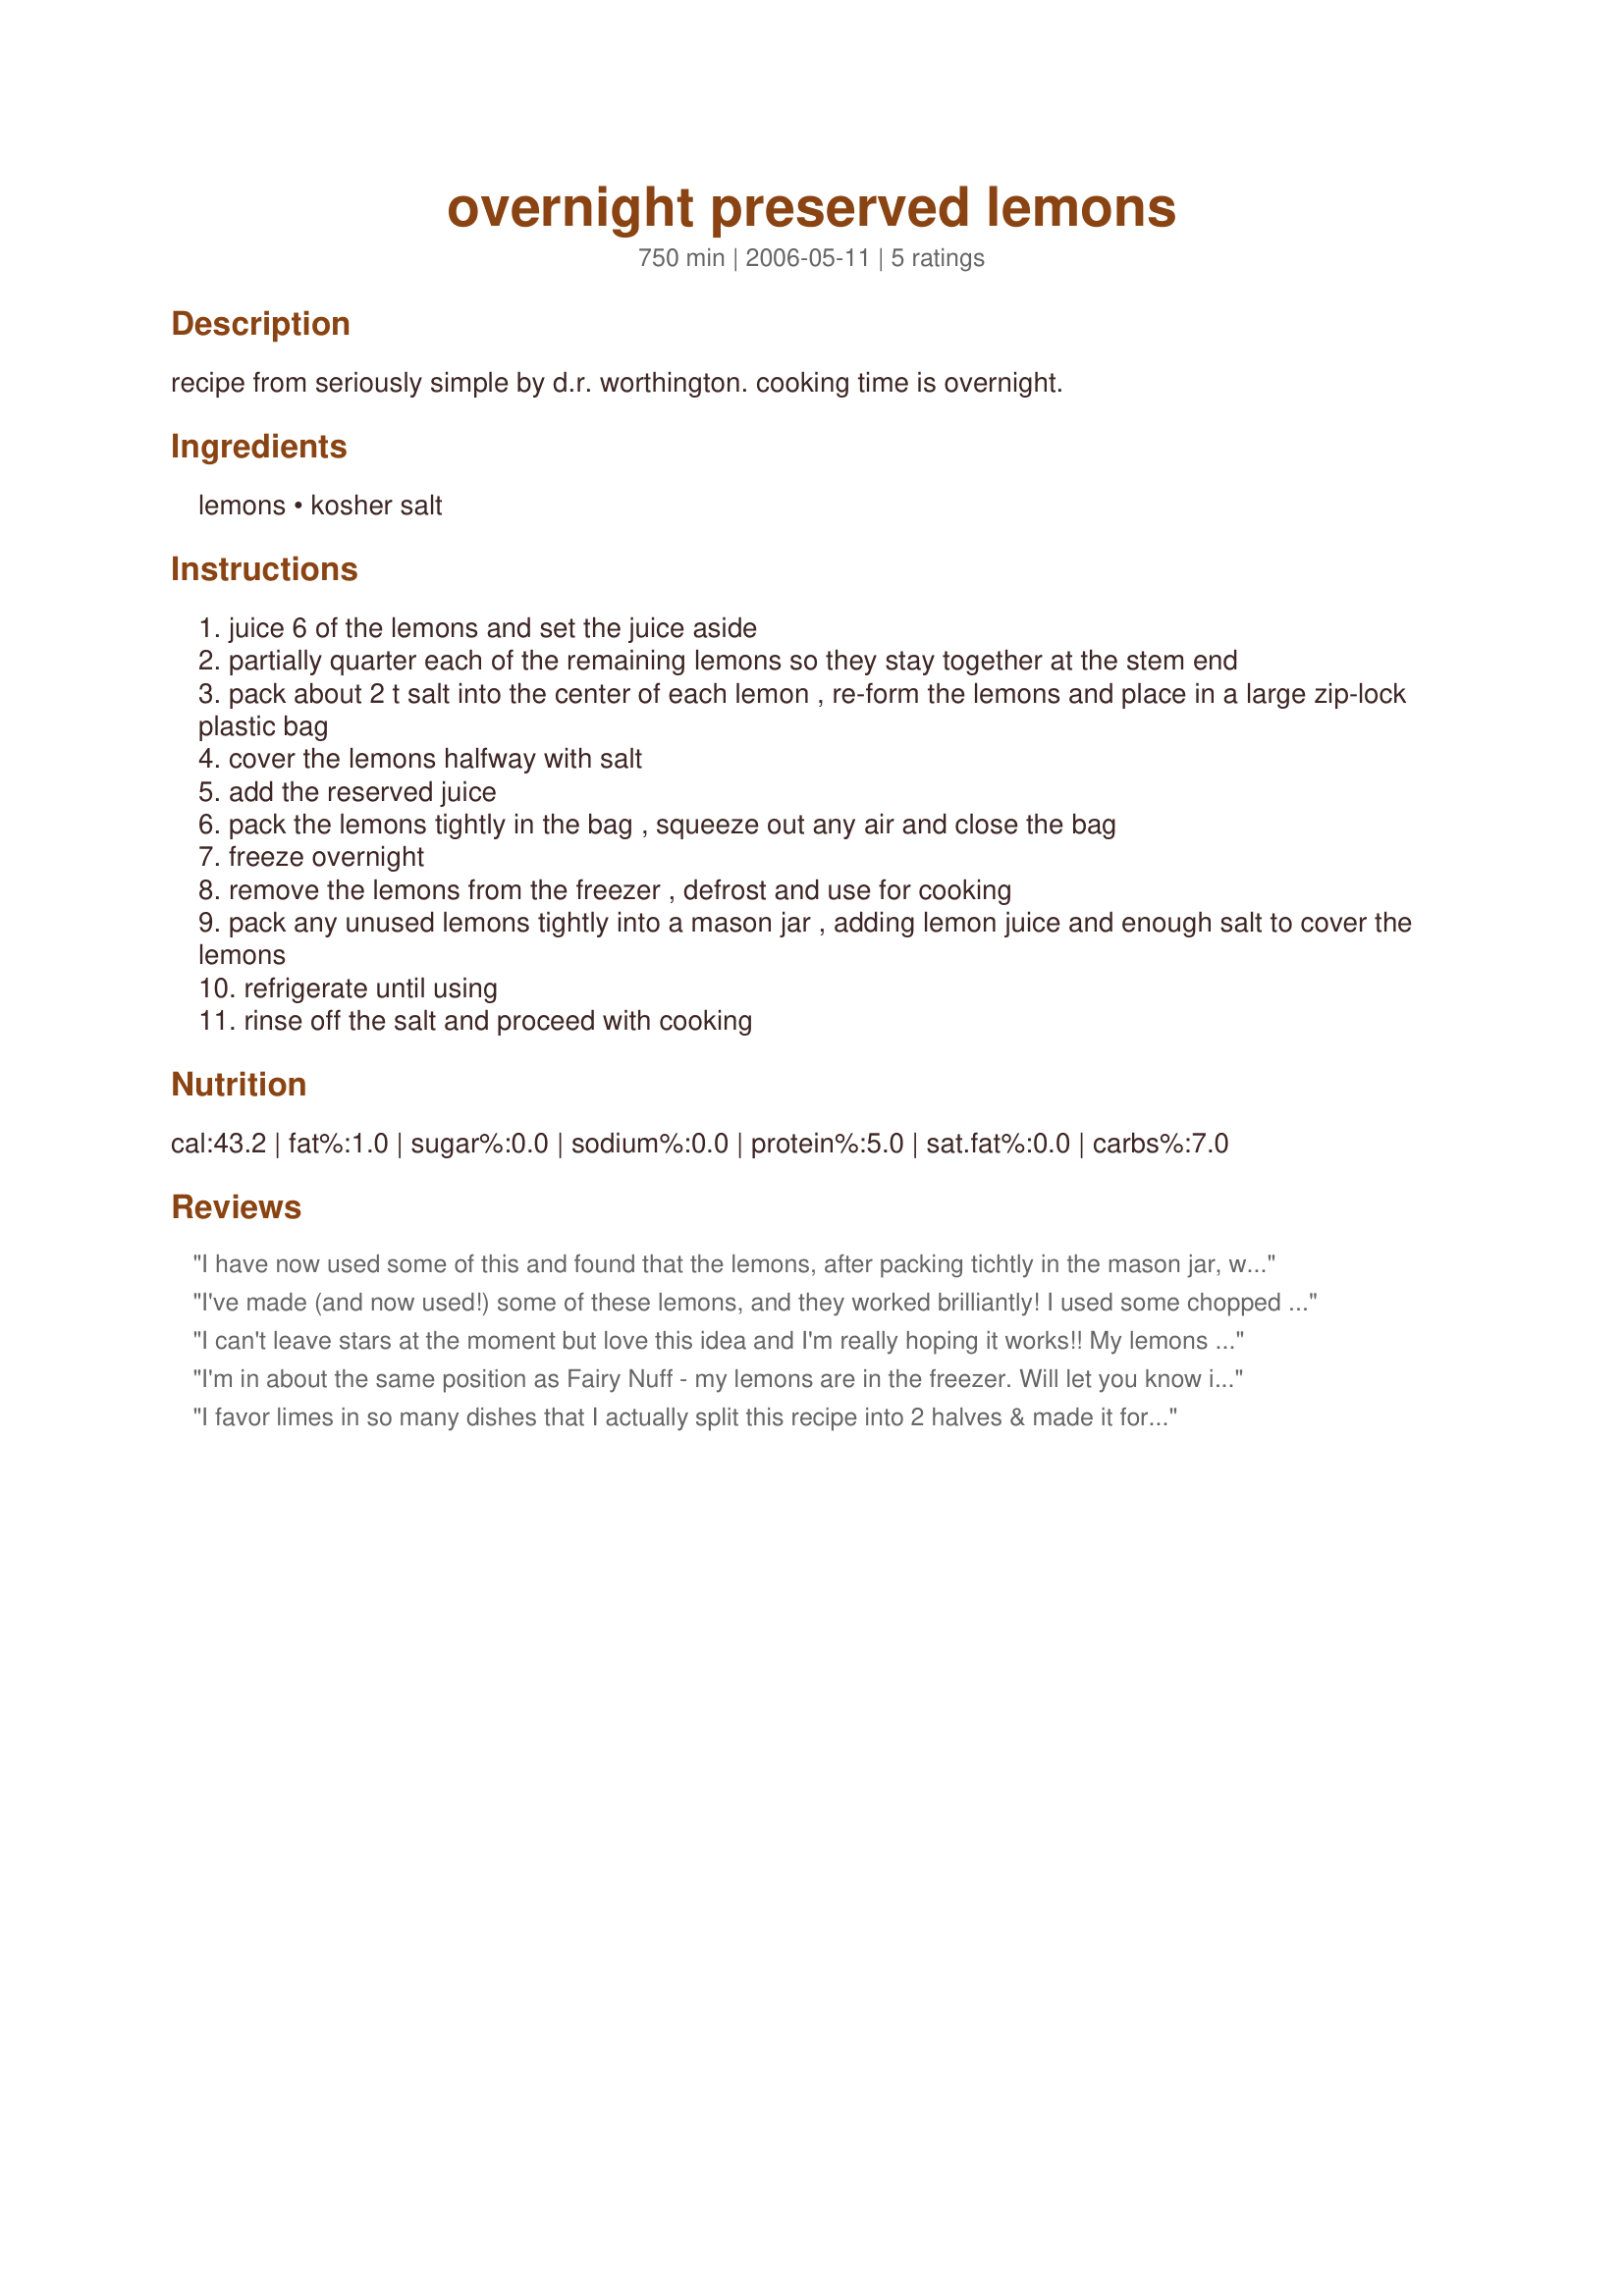
overnight preserved lemons
Preparation time: 750 minutes

recipe from seriously simple by d.r. worthington.
cooking time is overnight.

Ingredients:
lemons, kosher salt

Steps:
juice 6 of the lemons and set the juice aside
partially quarter each of the remaining lemons so they stay together at the stem end
pack about 2 t salt into the center of each lemon , re-form the lemons and place in a large zip-lock plastic bag
cover the lemons halfway with salt
add the reserved juice
pack the lemons tightly in the bag , squeeze out any air and close the bag
freeze overnight
remove the lemons from the freezer , defrost and use for cooking
pack any unused lemons tightly into a mason jar , adding lemon juice and enough salt to cover the lemons
refrigerate until using
rinse off the salt and proceed with cooking

Reviews:
I have now used some of this and found that the lemons, after packing tichtly in the mason jar, were not as juicy as they should have been. I think by packing them so tightly in the jar a lot of the juice was lost. Will see if any of the others are different when I use them next time.
I've made (and now used!) some of these lemons, and they worked brilliantly! I used some chopped into couscous with coriander, chilli and olives
I can't leave stars at the moment but love this idea and I'm really hoping it works!! My lemons are out of the freezer and in a jar...now I need to find a recipe to use them in!!! Will come back with another review when I've tried them!!
I'm in about the same position as Fairy Nuff - my lemons are in the freezer. Will let you know if it worked or not!

I favor limes in so many dishes that I actually split this recipe into 2 halves & made it for both lemons & limes. Mine came out of the freezer a couple of dys ago & are in jars awaiting my creative inspiration.
